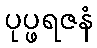
ပုပ္ဖရဇနံ